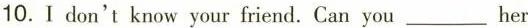
10.Idon't know your friend. Can you___her